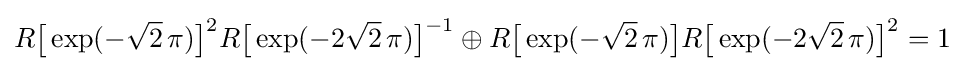
R{\bigl [}\exp(-{\sqrt {2}}\,\pi ){\bigr ]}^{2}R{\bigl [}\exp(-2{\sqrt {2}}\,\pi ){\bigr ]}^{-1}\oplus R{\bigl [}\exp(-{\sqrt {2}}\,\pi ){\bigr ]}R{\bigl [}\exp(-2{\sqrt {2}}\,\pi ){\bigr ]}^{2}=1